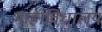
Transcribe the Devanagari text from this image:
माहाविधालय